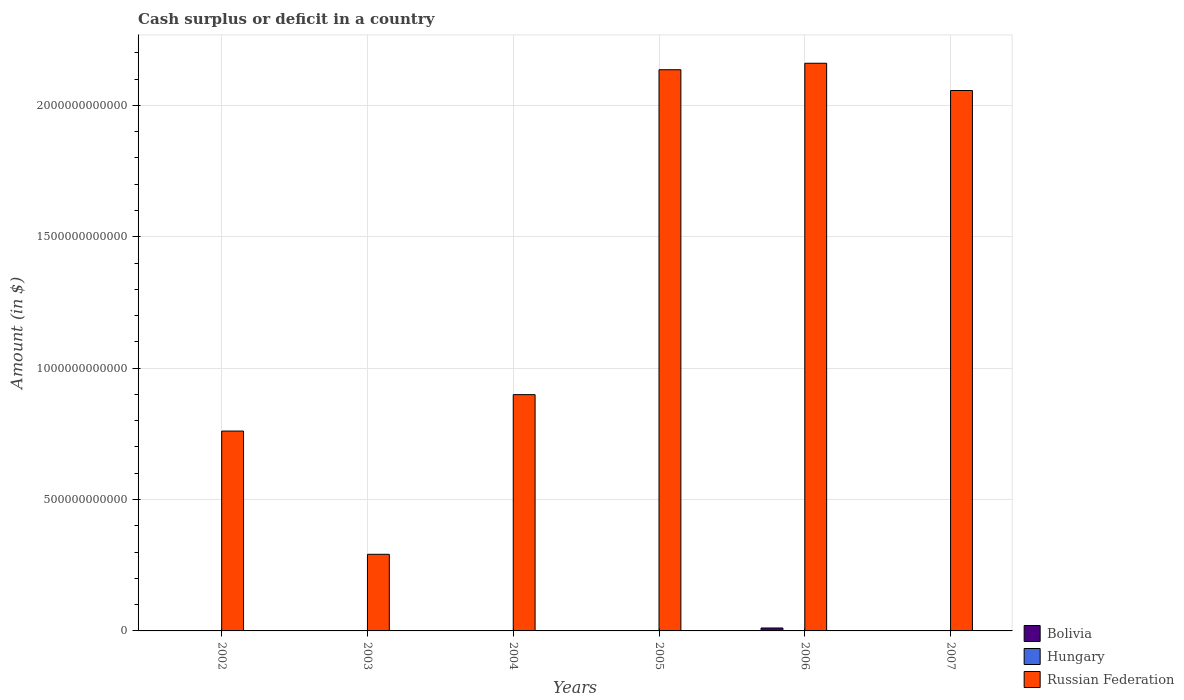
| Years | Bolivia | Hungary | Russian Federation |
 | --- | --- | --- | --- |
 | 2002 | -4.94e+09 | -1.39e+12 | 7.61e+11 |
 | 2003 | -4.68e+09 | -1.33e+12 | 2.92e+11 |
 | 2004 | -3.75e+09 | -1.28e+12 | 8.99e+11 |
 | 2005 | -2.84e+09 | -1.63e+12 | 2.14e+12 |
 | 2006 | 1.12e+10 | -2.03e+12 | 2.16e+12 |
 | 2007 | 1.28e+09 | -1.24e+12 | 2.06e+12 |